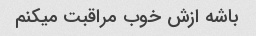
باشه ازش خوب مراقبت میکنم